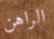
الراهن